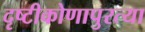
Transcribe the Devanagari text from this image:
दृष्टीकोणापुरत्या